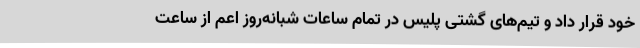
خود قرار داد و تیم‌های گشتی پلیس در تمام ساعات شبانه‌روز اعم از ساعت